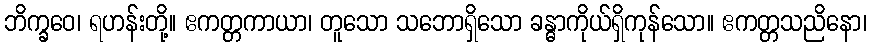
ဘိက္ခဝေ၊ ရဟန်းတို့။ ဧကတ္တကာယာ၊ တူသော သဘောရှိသော ခန္ဓာကိုယ်ရှိကုန်သော။ ဧကတ္တသညိနော၊